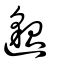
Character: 邈